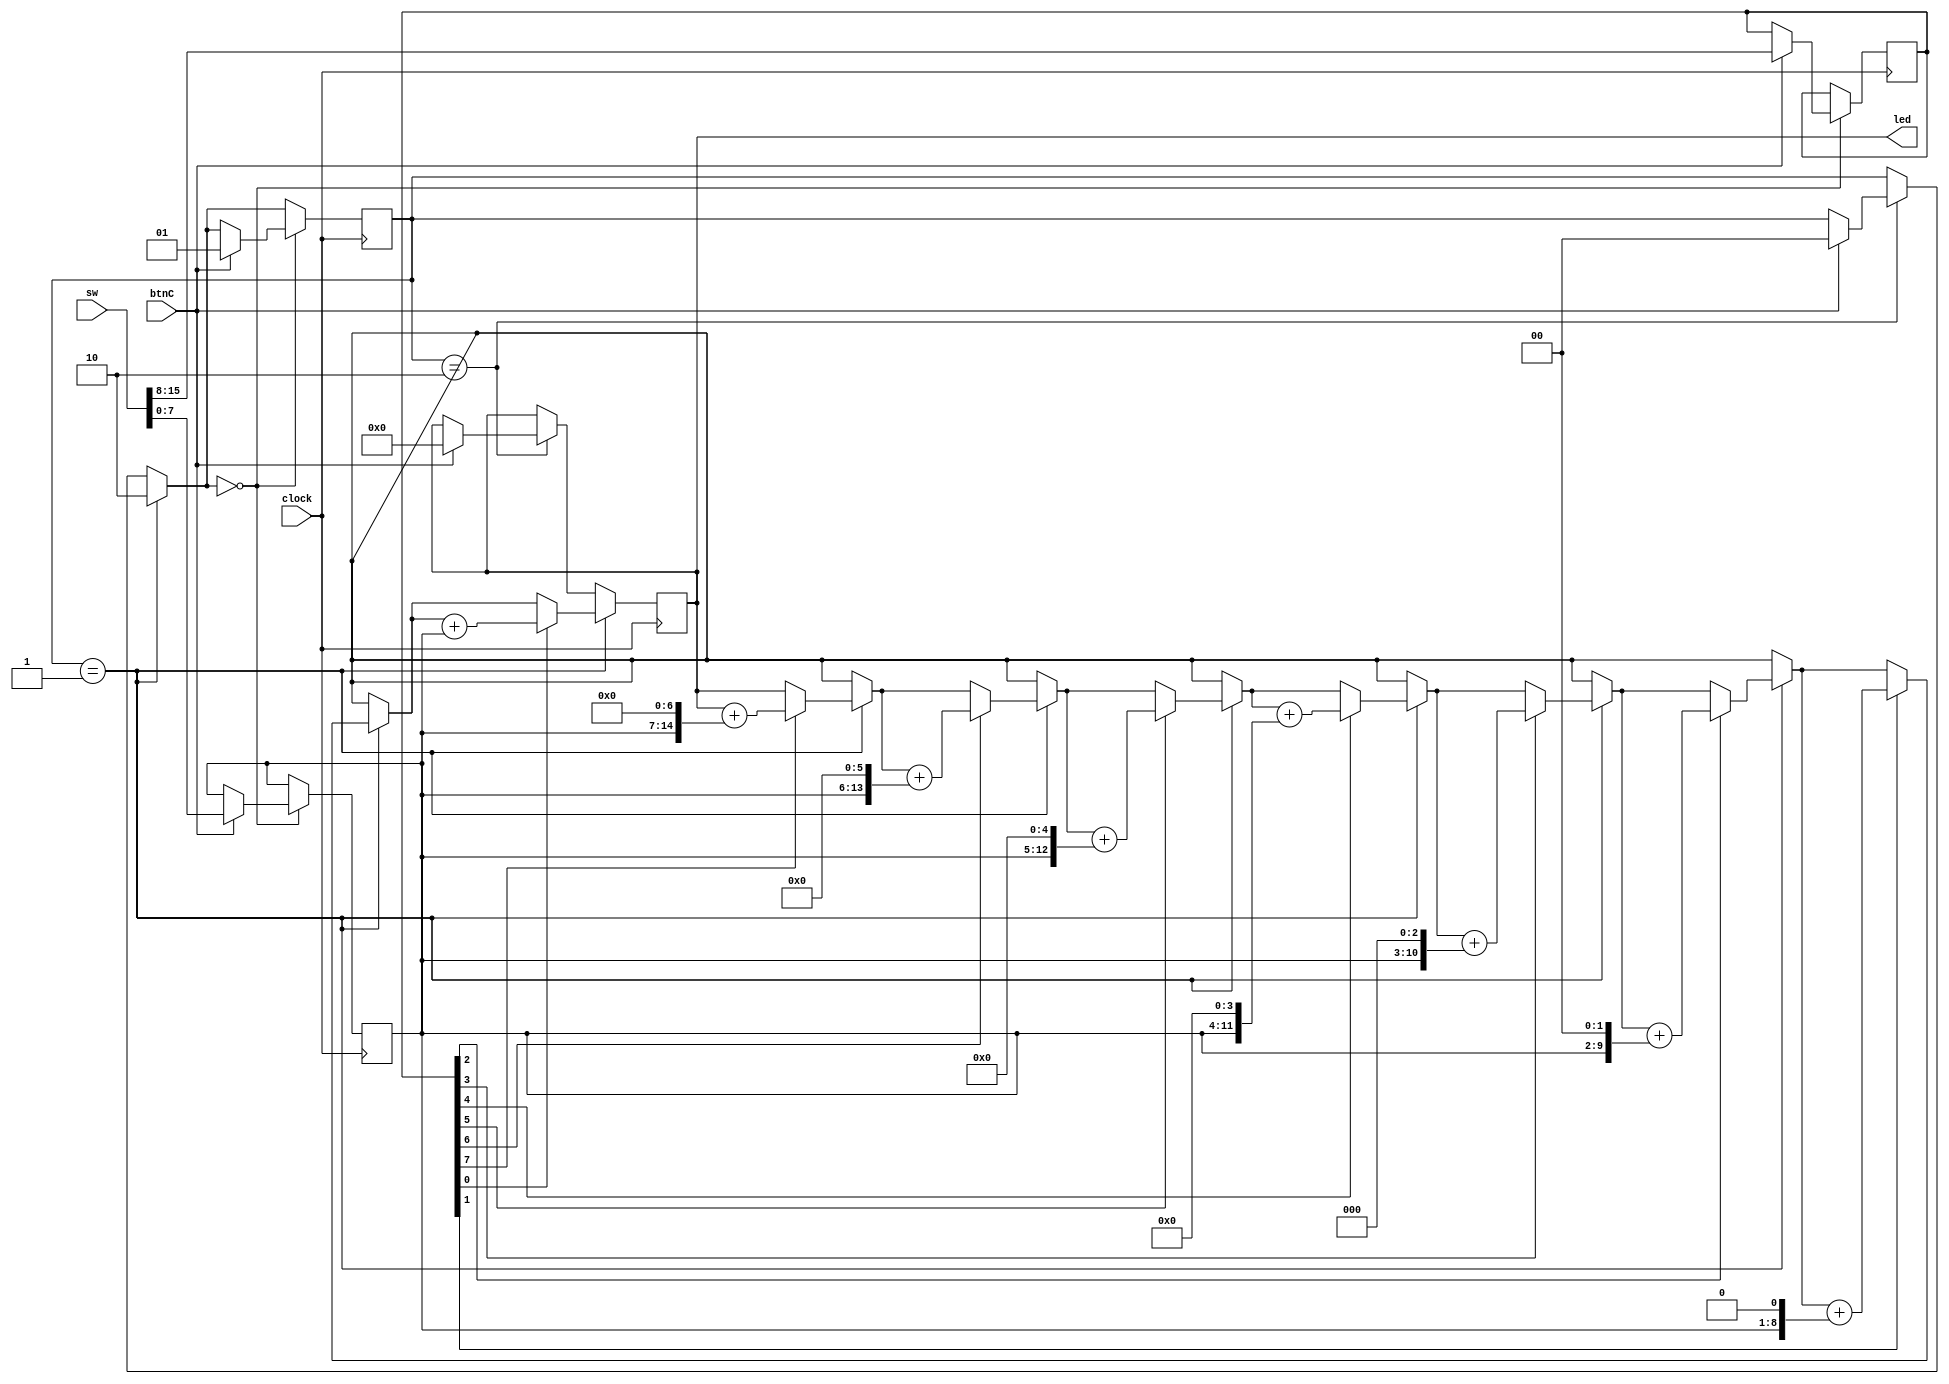
`timescale 1ns / 1ps    

module Wrapper(sw, btnC, clock, led);
    input [15:0] sw;
    reg [7:0] x;
    reg [7:0] y;
    input btnC; //button u press to start it
    input clock;
    output [15:0] led;
    reg [1:0] state = 2'b00;
    reg [15:0] out;
    
    assign led = out;
    
    always @(posedge clock) begin
        if (state == 2'b01) begin //if we're in the multiplication state, do multiplication
            if (y[7] == 1) begin
                out = out + (x << 7);  
            end
            if (y[6] == 1) begin
                out = out + (x << 6);  
            end
            if (y[5] == 1) begin
                out = out + (x << 5);  
            end
            if (y[4] == 1) begin
                out = out + (x << 4);  
            end
            if (y[3] == 1) begin
                out = out + (x << 3);
            end
            if (y[2] == 1) begin
                out = out + (x << 2);  
            end
            if (y[1] == 1) begin
                out = out + (x << 1);  
            end
            if (y[0] == 1) begin
                out = out + (x << 0);  
            end
            //and then when we done multiplying we move states to state 2
            state = 2'b10; 
        end
        
        else if (state == 2'b10) begin
            if(btnC) begin
            //reset the display and move back to state 0
                out = 16'b0000000000000000;
                state = 2'b00;
            end
        end
        
        if (state == 2'b00) begin
            if (btnC) begin
                x = sw[7:0];
                y = sw[15:8];
                state = 2'b01;
            end
        end
    end
    
endmodule